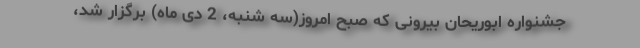
جشنواره ابوریحان بیرونی که صبح امروز(سه شنبه، 2 دی ماه) برگزار شد،